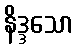
နိဒ္ဒသော